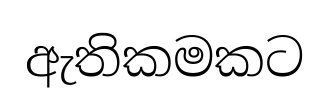
ඇතිකමකට